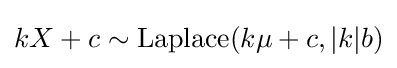
kX+c\sim {\textrm {Laplace}}(k\mu +c,|k|b)